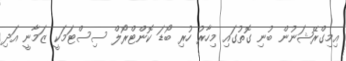
އިމިގްރޭޝަނުން ބުނި ގޮތުގައި މިހާރު ހުރި ބޯޑަ ކޮންޓްރޯލް ސިސްޓަމަކީ ޒަމާނީ އަދި